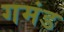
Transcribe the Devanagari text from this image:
गमंड